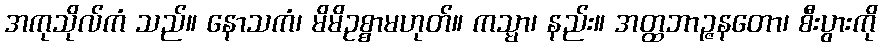
အကုသိုလ်ကံ သည်။ နောသကံ၊ မိမိဥစ္စာမဟုတ်။ ကသ္မာ၊ နည်း။ အတ္ထဘာဉ္ဇနတော၊ စီးပွားကို